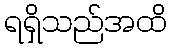
ရရှိသည်အထိ